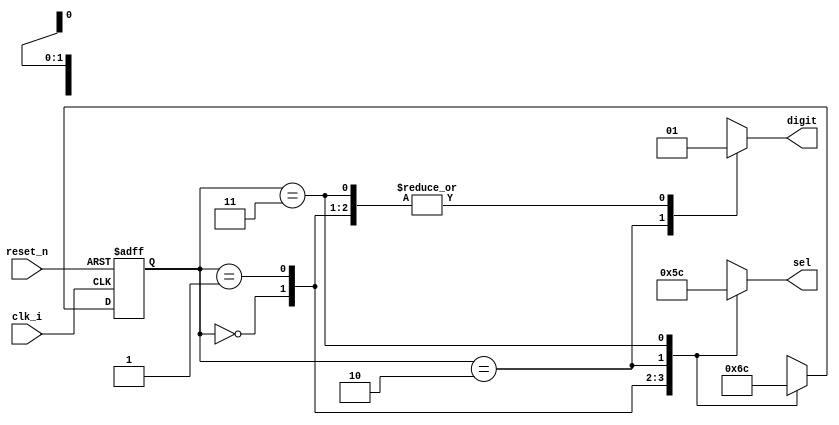
module Sec6_SM_1(
	input clk_i,
	input reset_n,
	output reg [2:0] sel,
	output reg digit
	);
	reg [1:0] state;
	reg [1:0] state_next;
	parameter S0 = 2'b00;  
	parameter S1 = 2'b01;  
	parameter S2 = 2'b10;  
	parameter S3 = 2'b11;  
	always @ (posedge clk_i, negedge reset_n)
		begin
			if(!reset_n)
				state <= S0;
			else
				state <= state_next;	
		end
	always @ (*)
		begin
			case(state)
				S0: 	 state_next = S1;
				S1: 	 state_next = S2;
				S2: 	 state_next = S3;
				S3: 	 state_next = S0;
				default: state_next = S0;
			endcase
		end
	always @ (*)
		begin
			case (state)
				S0:
				begin
					sel = 3'b000;  
					digit = 1;
				end
				S1:
				begin
					sel = 3'b001;  
					digit = 1;
				end
				S2:
				begin
					sel = 3'b011;  
					digit = 0;
				end
				S3:
				begin
					sel = 3'b100;  
					digit = 1;
				end
			endcase
		end
endmodule